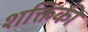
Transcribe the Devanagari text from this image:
शक्तिकी